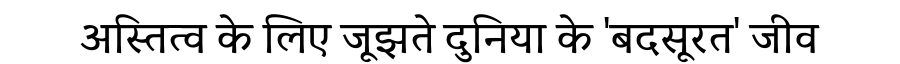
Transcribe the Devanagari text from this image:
अस्तित्व के लिए जूझते दुनिया के 'बदसूरत' जीव